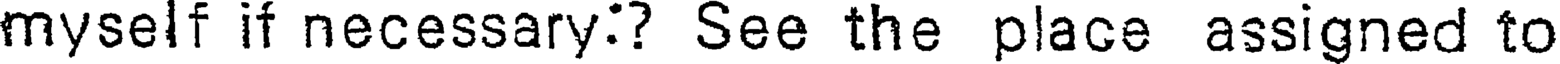
myself if necessary:? See the place assigned to